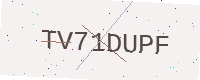
Text: TV71DUPF